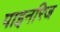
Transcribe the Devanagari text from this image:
पाइनरिज